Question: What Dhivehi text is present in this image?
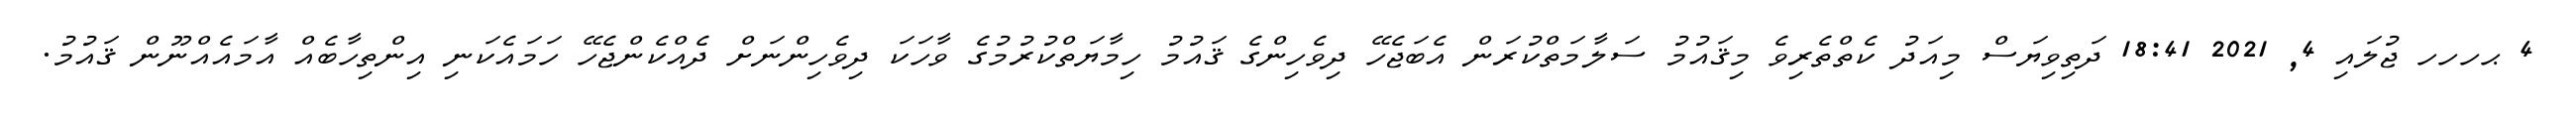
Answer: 4 ޙހހހ ޖުލައި 4, 2021 18:41 ދަތިވިޔަސް މިއަދު ކެތްތެރިވެ މިޤައުމު ސަލާމަތްކުރަން އެބަޖެހޭ ދިވެހިންގެ ޤައުމު ހިމާޔަތްކުރުމުގެ ވާހަކަ ދިވެހިންނަށް ދެއްކެންޖެހޭ ހަމައެކަނި އިންތިހާބެއް އާމައެއްނޫން ޤައުމު.